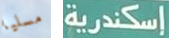
مسليا إسكندرية